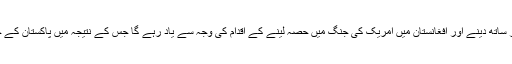
جنرل مشرف کا دور، 9/11کے بعد دھشت گردی کے خلاف امریکا کی جنگ میں بھر پور ساتھ دینے اور افغانستان میں امریک کی جنگ میں حصہ لینے کے اقدام کی وجہ سے یاد رہے گا جس کے نتیجہ میں پاکستان کے چوبیس ہزار سے زیادہ افراد جاں بحق ہوئے اور پاکستان کو زبردست مالی نقصان اٹھانا پڑا۔